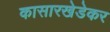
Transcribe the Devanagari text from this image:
कासारखेडेकर